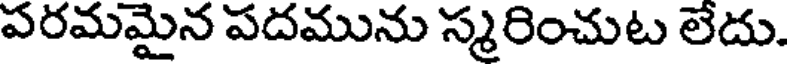
పరమమైన పదమును స్మరించుట లేదు.